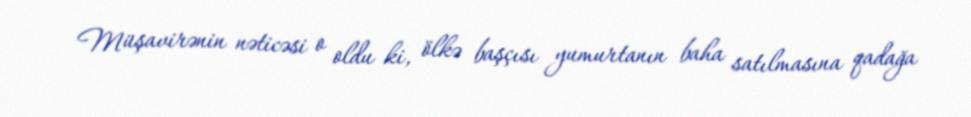
Müşavirənin nəticəsi o oldu ki, ölkə başçısı yumurtanın baha satılmasına qadağa